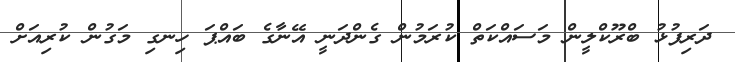
ދަރިފުޅު ބްރޫކްލީން މަސައްކަތް ކުރަމުން ގެންދަނީ އޭނާގެ ބައްޕަ ހިނގި މަގުން ކުރިއަށް